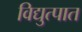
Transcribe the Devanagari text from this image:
विद्युत्पात